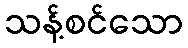
သန့်စင်သော